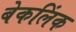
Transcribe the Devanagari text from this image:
बेकलिंक